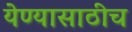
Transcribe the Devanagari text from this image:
येण्यासाठीच